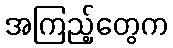
အကြည့်တွေက